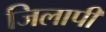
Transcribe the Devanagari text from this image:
जिलापी